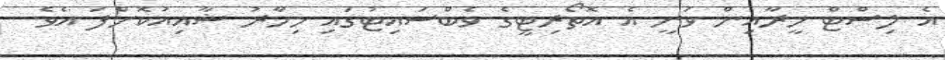
އެ ލިސްޓް މީރާއިން ވަނީ އެ އޮތޯރިޓީގެ ވެބްސައިޓުގައި މިހާރު ޝާއިއުކޮށްފަ އެވެ.